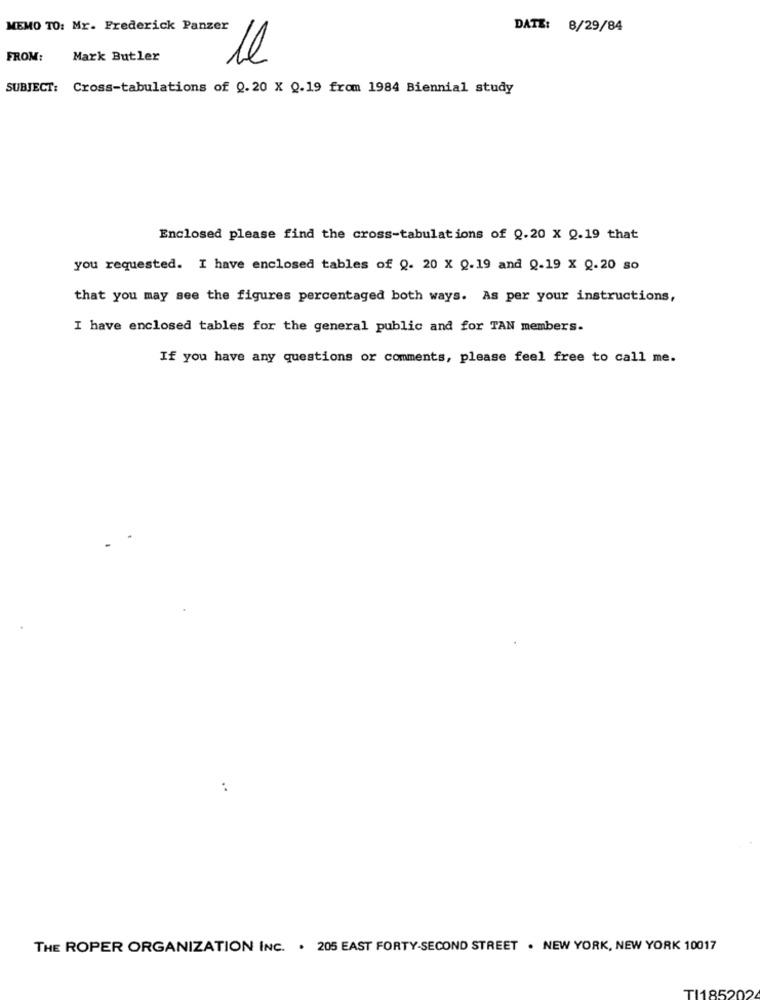
MEMO TO: Mr. Frederick Panzer
DATE: 8/29/84
FROM:
Mark Butler
le
SUBJECT: Cross-tabulations of 0.20 X 0.19 from 1984 Biennial study
Enclosed please find the cross-tabulations of 0.20 X 0.19 that
you requested. I have enclosed tables of 0. 20 X 0.19 and 0.19 x 0.20 so
that you may see the figures percentaged both ways. As per your instructions,
I have enclosed tables for the general public and for TAN members.
If you have any questions or comments, please feel free to call me.
THE ROPER ORGANIZATION INC. . 205 EAST FORTY-SECOND STREET . NEW YORK, NEW YORK 10017
TI1852